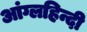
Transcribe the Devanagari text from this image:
आंग्लहिन्दी